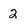
Character: 2